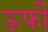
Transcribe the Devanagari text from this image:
ऊर्फी